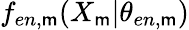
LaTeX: f_{en,\mathsf{m}}({X}_{\mathsf{m}}|\theta_{en,\mathsf{m}})